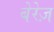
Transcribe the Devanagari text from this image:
बेरेज़